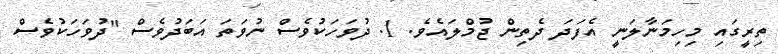
ތިރީގައި މިހިމަނާލަނީ އެފަދަ ދެތިން ޖުމްލައެވެ. 1. ދުވަހަކުވެސް ނުވަތަ އަބަދުވެސް "ދުވަހަކުވެސް